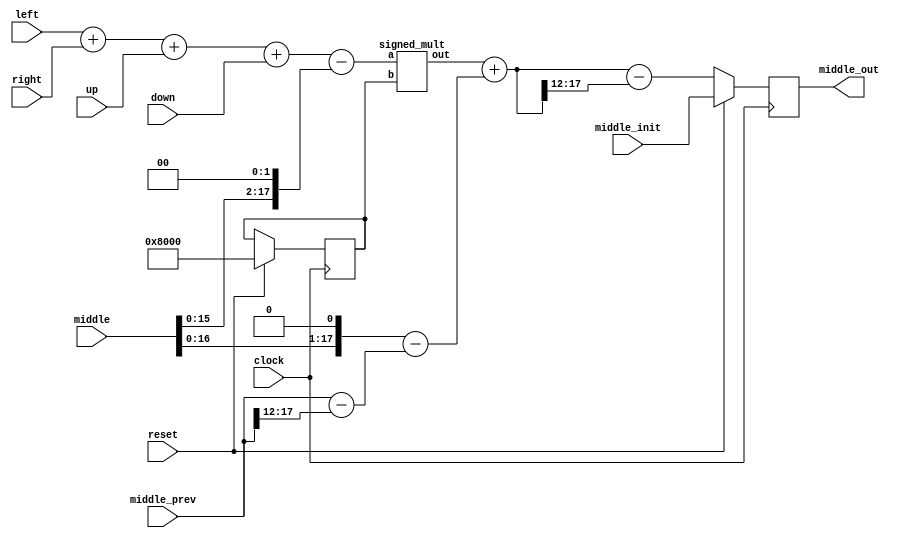
/////////////////////////////////////////////////
////////////	Single Node	/////////////////
/////////////////////////////////////////////////
module SingleNodeLinear (clock, reset, middle_init, middle, middle_out, left, right, up, down, middle_prev);
	input clock, reset;
	input wire signed[17:0] middle_init, left, right, up, down, middle, middle_prev;
	output reg signed[17:0] middle_out;
	wire signed [17:0] middle_temp_1, middle_temp_2, middle_temp_3, middle_temp_4, middle_temp_5, middle_pow2, rho_next;
	reg signed [17:0] rho;
	
	// calculate rho 
	signed_mult m1 (.out(middle_pow2), .a(middle >> 4), .b(middle >> 4));
	assign rho_next = ( (18'h10000 - 18'h00800) > (middle_pow2 + rho)) ? (middle_pow2 + rho) : (18'h10000 - 18'h00800);
	always@(posedge clock) begin
		if(reset) 
			rho <= {1'b0, 17'h08000};
	end
	

	assign middle_temp_1 = left + right + up + down - (middle << 2);
	signed_mult m2 (.out(middle_temp_2), .a(middle_temp_1), .b(rho));
	assign middle_temp_3 = (middle << 1) - (middle_prev - (middle_prev >>> 12));
	assign middle_temp_4 = middle_temp_2 + middle_temp_3;
	assign middle_temp_5 = middle_temp_4 >>> 12;

	always@(posedge clock) begin
	  if (reset) begin
		middle_out <= middle_init ;
	  end
	  else begin
		//middle_prev <= middle ;
		middle_out <= middle_temp_4 - middle_temp_5;
	  end
	end
endmodule

// Non linear module includes input of rho_eff to create "pitch glide"
// Includes Enable signal so the output only updates accordingly
module SingleNodeNonlinear (clock, reset, en, middle_init, middle, middle_out, left, right, up, down, middle_prev, rho_eff);
	input clock, reset, en;
	input wire signed[17:0] middle_init, left, right, up, down, middle, middle_prev;
	output reg signed[17:0] middle_out;
	input wire signed [17:0] rho_eff;
	wire signed [17:0] middle_temp_1, middle_temp_2, middle_temp_3, middle_temp_4, middle_temp_5, middle_pow2;

	assign middle_temp_1 = left + right + up + down - (middle << 2);
	signed_mult m2 (.out(middle_temp_2), .a(middle_temp_1), .b(rho_eff));
	assign middle_temp_3 = (middle << 1) - (middle_prev - (middle_prev >>> 12));
	assign middle_temp_4 = middle_temp_2 + middle_temp_3;
	assign middle_temp_5 = middle_temp_4 >>> 12;
	

	always@(posedge clock) begin
	  if (reset) begin
		middle_out <= middle_init ;
	  end
	  if (en) begin 
		middle_out <= middle_temp_4 - middle_temp_5;
	  end else 
	  	middle_out <= middle_out;
	end
endmodule

//////////////////////////////////////////////////
//// signed mult of 1.17 format 2'comp////////////
//////////////////////////////////////////////////

module signed_mult (out, a, b);
	output 	signed  [17:0]	out;
	input 	signed	[17:0] 	a;
	input 	signed	[17:0] 	b;
	// intermediate full bit length
	wire 	signed	[35:0]	mult_out;
	assign mult_out = a * b;
	// select bits for 1.17 fixed point
	assign out = {mult_out[35], mult_out[33:17]};
endmodule
//////////////////////////////////////////////////